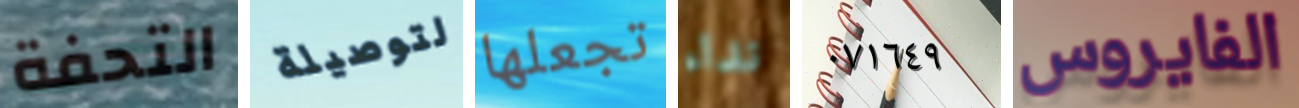
التحفة لتوصيلة تجعلها نداء ٠٧١٦٤٩ الفايروس